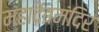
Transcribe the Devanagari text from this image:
महादेवमंदिर